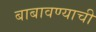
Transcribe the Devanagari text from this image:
बाबावण्याची